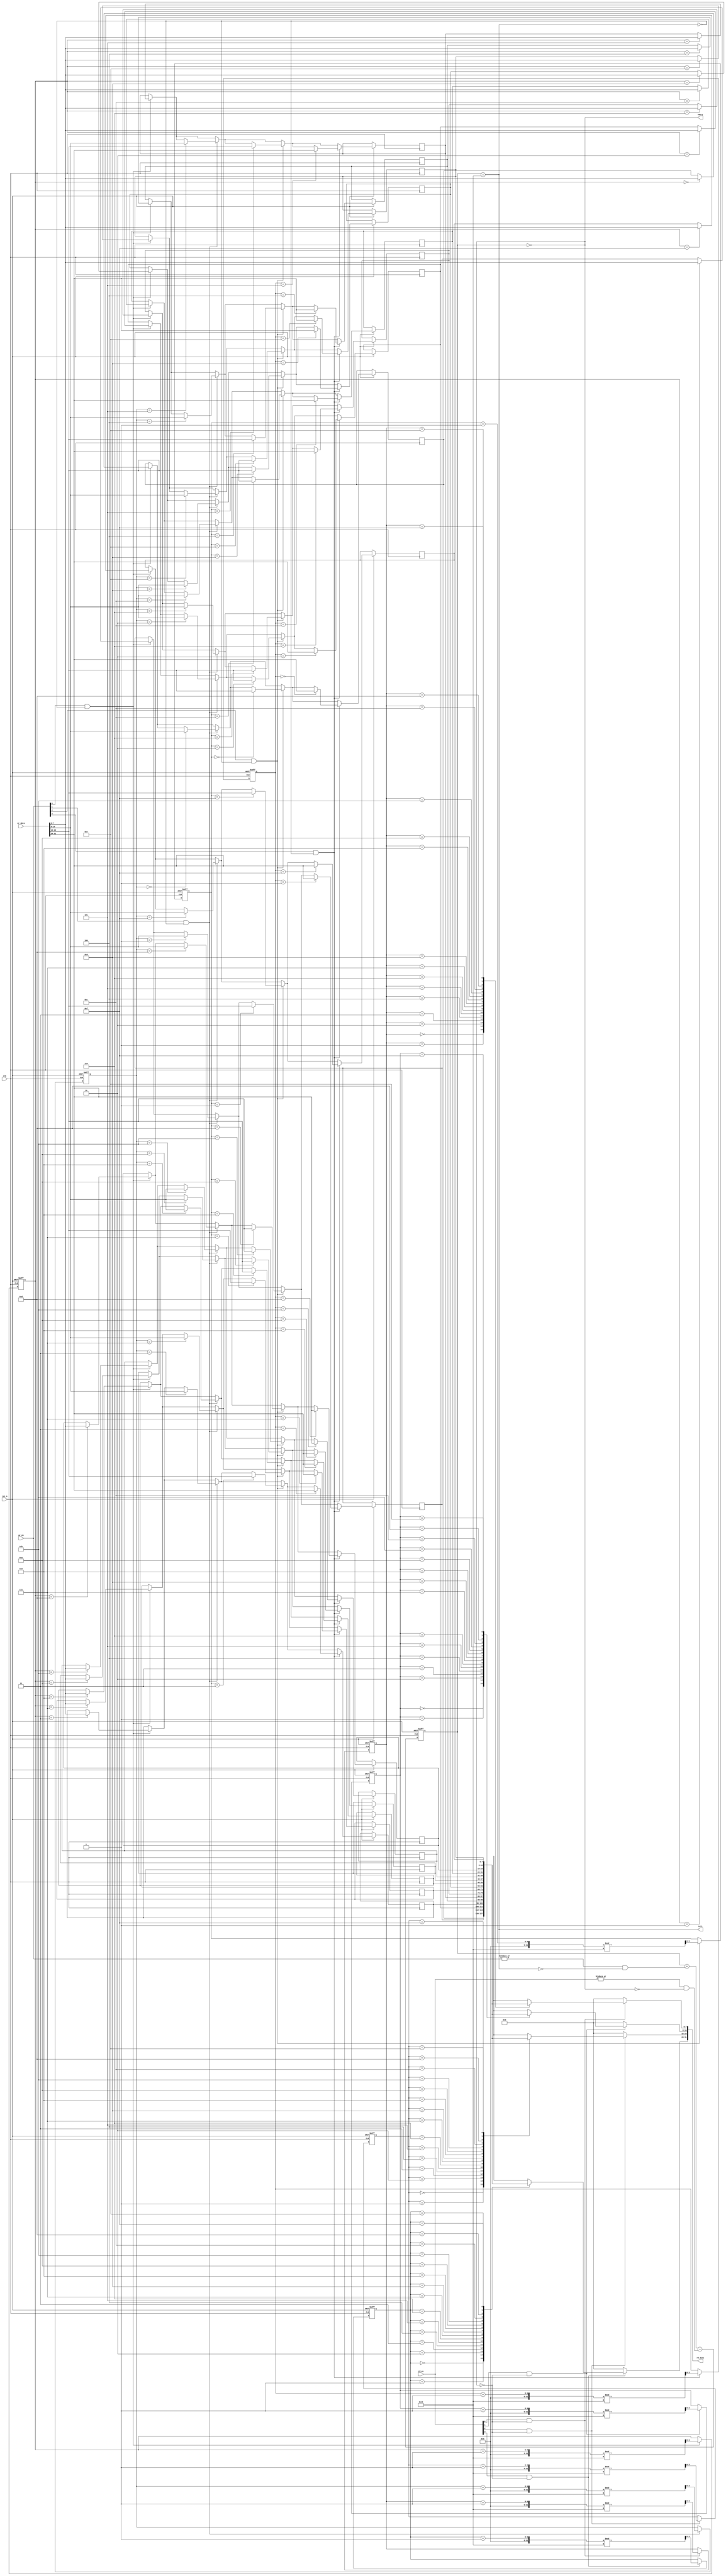
module multiport_fifo #(
    parameter N = 8, // Data width in bits
    parameter D = 16, // Depth of the FIFO
    parameter P = 4   // Number of ports
)(
    input wire clk,
    input wire rst_n,
    
    // Write ports
    input wire [P-1:0] wr_en, // Write enable for each port
    input wire [N*P-1:0] wr_data, // Data to write for each port
    
    // Read ports
    input wire [P-1:0] rd_en, // Read enable for each port
    output wire [N*P-1:0] rd_data, // Data read for each port
    
    output wire full, // FIFO full flag
    output wire empty // FIFO empty flag
);

    // Memory array
    reg [N-1:0] fifo_mem [0:D-1];
    
    // Write pointers for each port
    reg [clog2(D)-1:0] wr_ptr [0:P-1];
    
    // Read pointers for each port
    reg [clog2(D)-1:0] rd_ptr [0:P-1];
    
    // Count of the number of entries in the FIFO
    reg [clog2(D+1)-1:0] count;

    // Full and empty flags
    assign full = (count == D);
    assign empty = (count == 0);

    // Read data output
    genvar i;
    generate
        for (i = 0; i < P; i = i + 1) begin : read_logic
            assign rd_data[N*i +: N] = (rd_en[i] && !empty) ? fifo_mem[rd_ptr[i]] : {N{1'b0}};
        end
    endgenerate

    // Write and read logic
    integer j;
    always @(posedge clk or negedge rst_n) begin
        if (!rst_n) begin
            // Reset logic
            for (j = 0; j < P; j = j + 1) begin
                wr_ptr[j] <= 0;
                rd_ptr[j] <= 0;
            end
            count <= 0;
        end else begin
            // Write logic
            for (j = 0; j < P; j = j + 1) begin
                if (wr_en[j] && !full) begin
                    fifo_mem[wr_ptr[j]] <= wr_data[N*j +: N];
                    wr_ptr[j] <= (wr_ptr[j] + 1) % D;
                end
            end
            
            // Read logic
            for (j = 0; j < P; j = j + 1) begin
                if (rd_en[j] && !empty) begin
                    rd_ptr[j] <= (rd_ptr[j] + 1) % D;
                end
            end
            
            // Count logic
            count <= count + (|wr_en & ~full) - (|rd_en & ~empty);
        end
    end

    // Function to calculate log base 2
    function integer clog2(input integer value);
        begin
            value = value - 1;
            for (clog2 = 0; value > 0; clog2 = clog2 + 1)
                value = value >> 1;
        end
    endfunction

endmodule